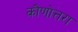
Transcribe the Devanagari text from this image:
कौणोत्तरा